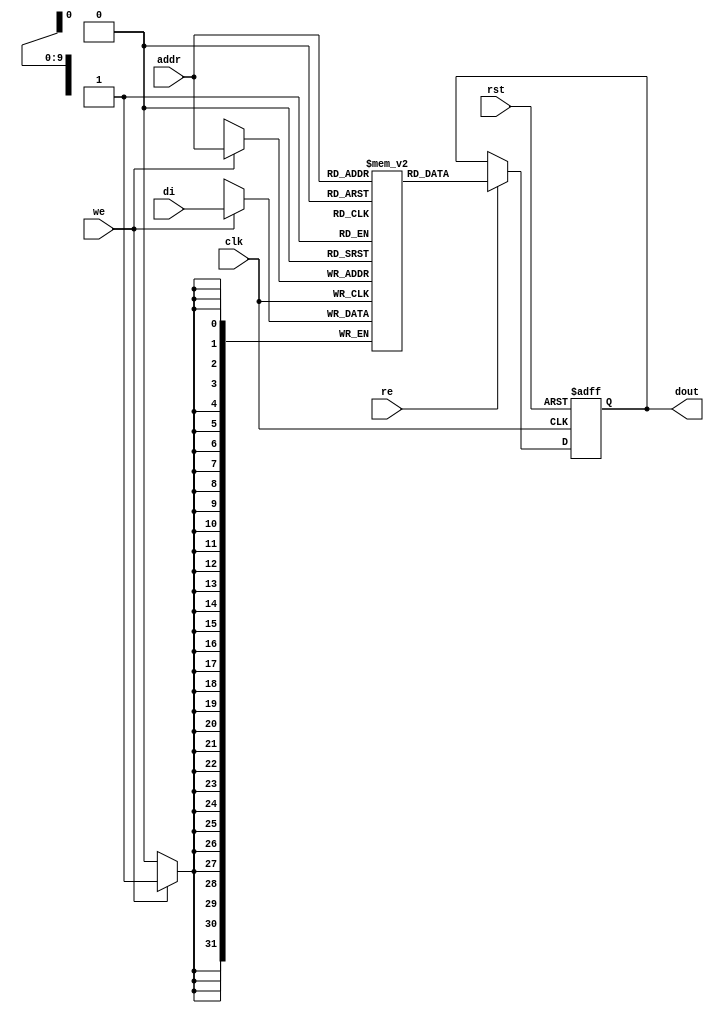

module rams_sp_re_we_asynch_rst_1024x32 (clk, rst, we, re, addr, di, dout);
input clk, rst;
input we, re;
input [9:0] addr;
input [31:0] di;
output reg [31:0] dout;

reg [31:0] RAM [1023:0];
// reg [31:0] dout;


always @(posedge clk)
    begin
        if (we)
            RAM[addr] <= di;
    end

always @(posedge clk, posedge rst)
    begin
        if (rst)
            dout <= 0;
        else if (re)
            dout <= RAM[addr];
    end

endmodule